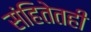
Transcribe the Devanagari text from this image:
संहितेतही